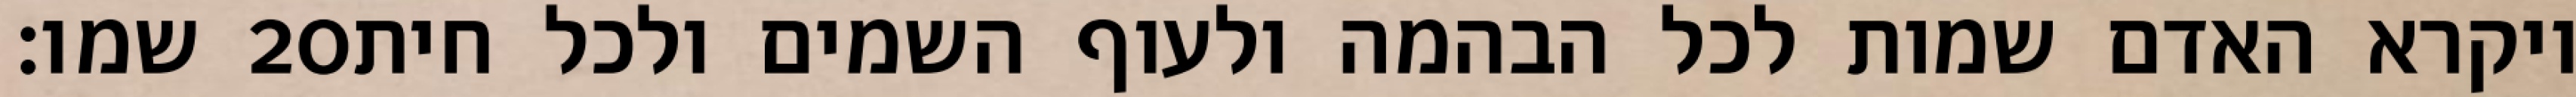
שמו׃ ‎20‏ ויקרא האדם שמות לכל הבהמה ולעוף השמים ולכל חית